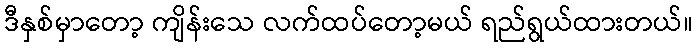
ဒီနှစ်မှာတော့ ကျိန်းသေ လက်ထပ်တော့မယ် ရည်ရွယ်ထားတယ်။